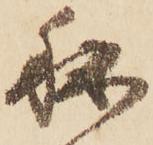
秘